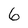
Character: 6